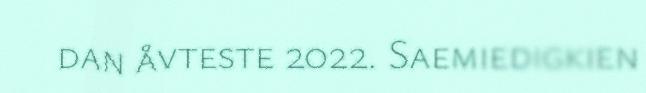
dan åvteste 2022. Saemiedigkien